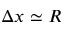
\Delta x \simeq R